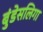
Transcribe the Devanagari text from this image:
बुंडेसलिगा